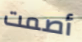
أصمت